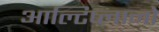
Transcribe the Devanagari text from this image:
आल्टिप्लानो